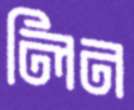
লিন